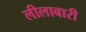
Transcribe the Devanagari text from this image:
लीलाबारी